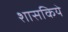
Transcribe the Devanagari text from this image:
शासकिये